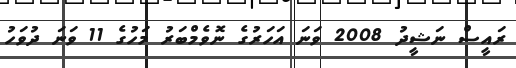
ރައީސް ނަޝީދު 2008 ވަނަ އަހަރުގެ ނޮވެމްބަރު މަހުގެ 11 ވަނަ ދުވަހު